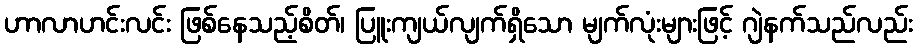
ဟာလာဟင်းလင်း ဖြစ်နေသည့်စိတ်၊ ပြူးကျယ်လျက်ရှိသော မျက်လုံးများဖြင့် ဂျဲနက်သည်လည်း